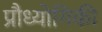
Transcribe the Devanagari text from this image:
प्रौध्योगिकी